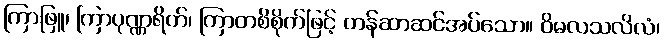
ကြာဖြူ၊ ကြာပုဏ္ဏရိတ်၊ ကြာတစိစိုက်ဖြင့် တန်ဆာဆင်အပ်သော။ ဝိမလသလိလံ၊